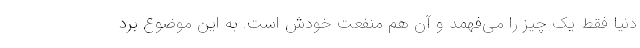
دنیا فقط یک چیز را می‌فهمد و آن هم منفعت خودش است. به این موضوع برد